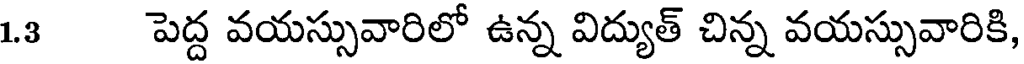
1.3 పెద్ద వయస్సువారిలో ఉన్న విద్యుత్ చిన్న వయస్సువారికి,